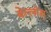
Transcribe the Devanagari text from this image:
बेल्लोस्